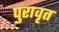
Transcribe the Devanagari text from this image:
पुरावृत